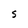
Character: S